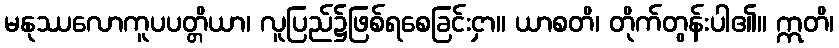
မနုဿလောကူပပတ္တိယာ၊ လူပြည်၌ဖြစ်ရစေခြင်းငှာ။ ယာစတိ၊ တိုက်တွန်းပါ၏။ ဣတိ၊